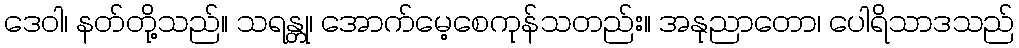
ဒေဝါ၊ နတ်တို့သည်။ သရန္တု၊ အောက်မေ့စေကုန်သတည်း။ အနုညာတော၊ ပေါရိသာဒသည်